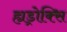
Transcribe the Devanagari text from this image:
ह्यड्रोक्सि